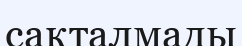
сақталмады